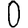
Digit: 0